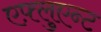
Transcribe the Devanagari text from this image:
एफ़्लुएन्ट